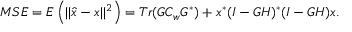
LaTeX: M S E = E \left( | | { \hat { x } } - x | | ^ { 2 } \right) = T r ( G C _ { w } G ^ { * } ) + x ^ { * } ( I - G H ) ^ { * } ( I - G H ) x .